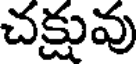
చక్షువు